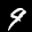
Label: 9